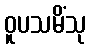
ဝူပသမိံသု